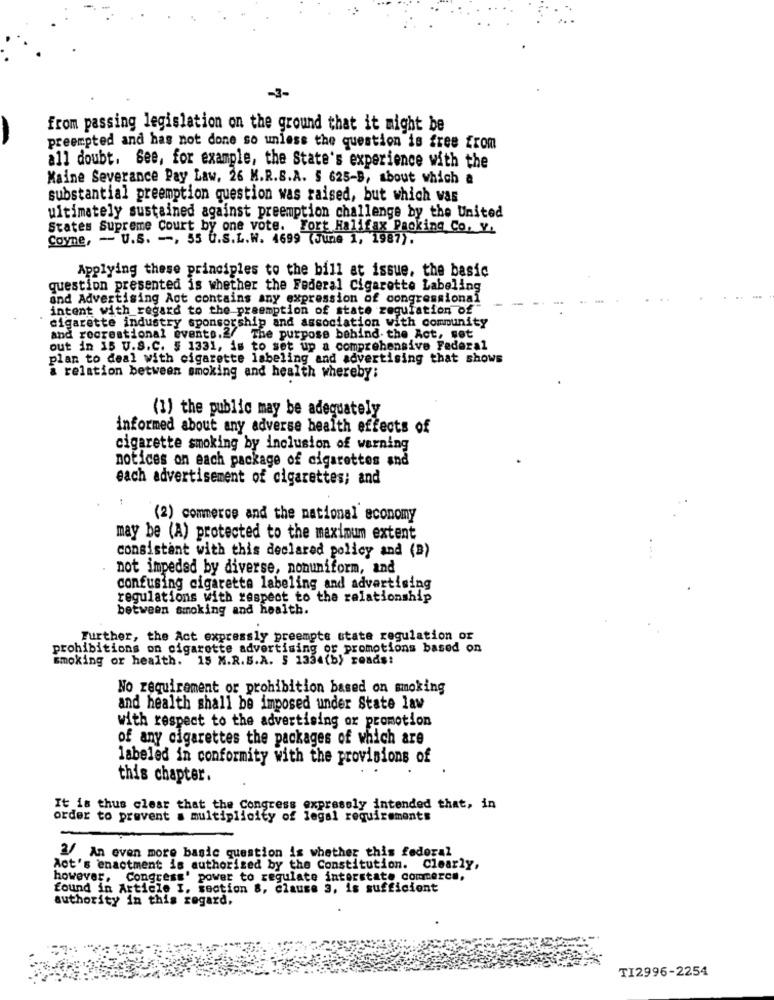
-3-
from passing legislation on the ground that it might be
preempted and has not done so unless the question is free from
all doubt, See, for example, the State's experience with the
Maine Severance Pay Law, 26 M.R.S.A. S 625-B, about which a
substantial preemption question was raised, but which was
ultimately sustained against preemption challenge by the United
States Supreme Court by one vote. Fort Halifax Packing Co, Y.
Coyne, - U.S. -, 55 G.S.L.W. 4699 (June 1, 1987).
Applying these principles to the bill at issue, the basic
question presented is whether the Federal Cigarette Labeling
and Advertising Act contains any expression of congressional
intent with regard to the preemption of state regulation of"
cigarette industry sponsorship and association with community
and recreational events.2/ The purpose behind the Act, set
out in 15 U.S.C. § 1331, is to set up a comprehensive Federal
plan to deal with cigarette labeling and advertising that shows
a relation between smoking and health whereby:
(1) the public may be adequately
informed about any adverse health effects of
cigarette smoking by inclusion of warning
notices on each package of cigarettes and
each advertisement of cigarettes; and
(2) commerce and the national economy
may be (A) protected to the maximum extent
consistent with this declared policy and (B)
not impeded by diverse, nonuniform, and
confusing cigarette labeling and advertising
regulations with respect to the relationship
between smoking and health.
Further, the Act expressly preempte state regulation or
prohibitions on cigarette advertising or promotions based on
smoking or health. 15 M.R.S.A. 5 1334(b) reads:
No requirement or prohibition based on smoking
and health shall be imposed under State law
with respect to the advertising or promotion
of any cigarettes the packages of which are
labeled in conformity with the provisions of
this chapter.
It is thus clear that the Congress expressly intended that, in
order to prevent . multiplicity of legal requirements
2/ An even more basic question is whether this federal
Act's enactment is authorized by the Constitution. Clearly,
however, Congress' power to regulate interstate commerce,
found in Article I. section 8, clause 3. is sufficient
authority in this regard.
TI2996-2254